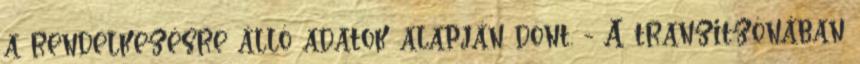
a rendelkezésre álló adatok alapján dönt. - A tranzitzónában